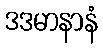
ဒဒမာနာနံ